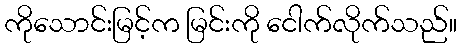
ကိုသောင်းမြင့်က မြင်းကို ငေါက်လိုက်သည်။